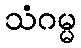
သံဂမ္မ